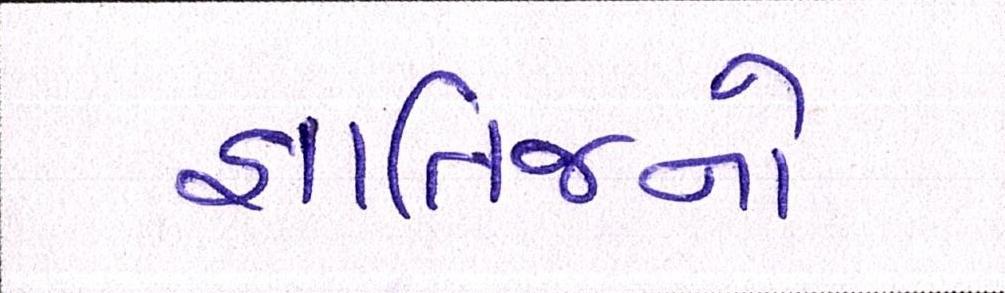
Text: જ્ઞાતિજનો